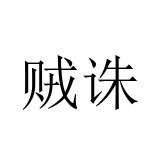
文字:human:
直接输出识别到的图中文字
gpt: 贼诛